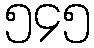
၅၄၅